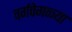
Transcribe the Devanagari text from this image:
वर्गवेगळ्या